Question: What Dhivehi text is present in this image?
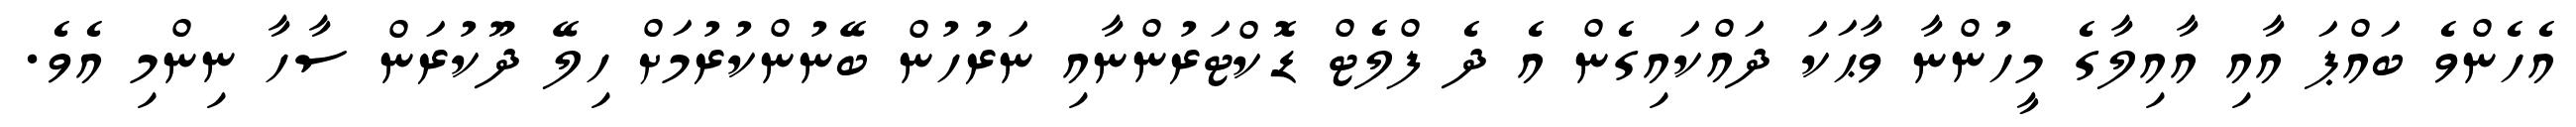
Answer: އެހެންވެ ބައްޕަ އާއި އާއިލާގެ މީހުންނާ ވާޙަކަ ދައްކައިގެން އެ ދެ ފްލެޓް ޑޮކްޓަރުންނާއި ނަރުހުން ބޭނުންކުރުމަށް ހިލޭ ދޫކުރަން ސާހާ ނިންމި އެވެ.